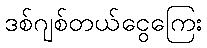
ဒစ်ဂျစ်တယ်ငွေကြေး